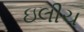
ઇલીચ